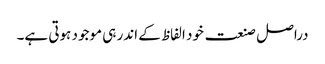
دراصل صنعت خود الفاظ کے اندر ہی موجود ہوتی ہے۔